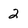
Character: 2